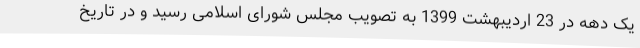
یک دهه در 23 اردیبهشت 1399 به تصویب مجلس شورای اسلامی رسید و در تاریخ